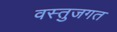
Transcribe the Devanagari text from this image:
वस्तुजगत